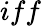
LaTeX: iff